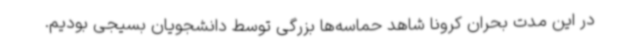
در این مدت بحران کرونا شاهد حماسه‌ها بزرگی توسط دانشجویان بسیجی بودیم.